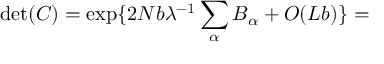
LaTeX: \operatorname * { d e t } ( C ) = \exp \{ 2 N b \lambda ^ { - 1 } \sum _ { \alpha } B _ { \alpha } + O ( L b ) \} =